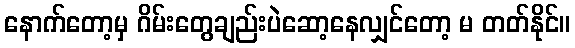
နောက်တော့မှ ဂိမ်းတွေချည်းပဲဆော့နေလျှင်တော့ မ တတ်နိုင်။